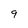
Character: 9